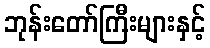
ဘုန်းတော်ကြီးများနှင့်